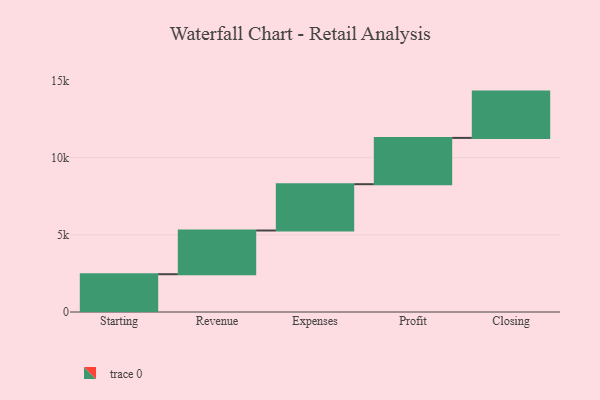
{"axis": {"x": "Step", "y": "Value"}, "legend": [""], "data": [{"x": "Starting", "y": 2448.0, "type": ""}, {"x": "Revenue", "y": 2833.0, "type": ""}, {"x": "Expenses", "y": 3000, "type": ""}, {"x": "Profit", "y": 3000, "type": ""}, {"x": "Closing", "y": 3000, "type": ""}]}